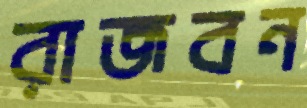
রাজবন